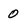
Character: 0